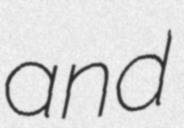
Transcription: and